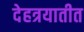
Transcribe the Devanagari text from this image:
देहत्रयातीत